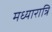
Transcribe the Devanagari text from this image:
मध्यारात्रि